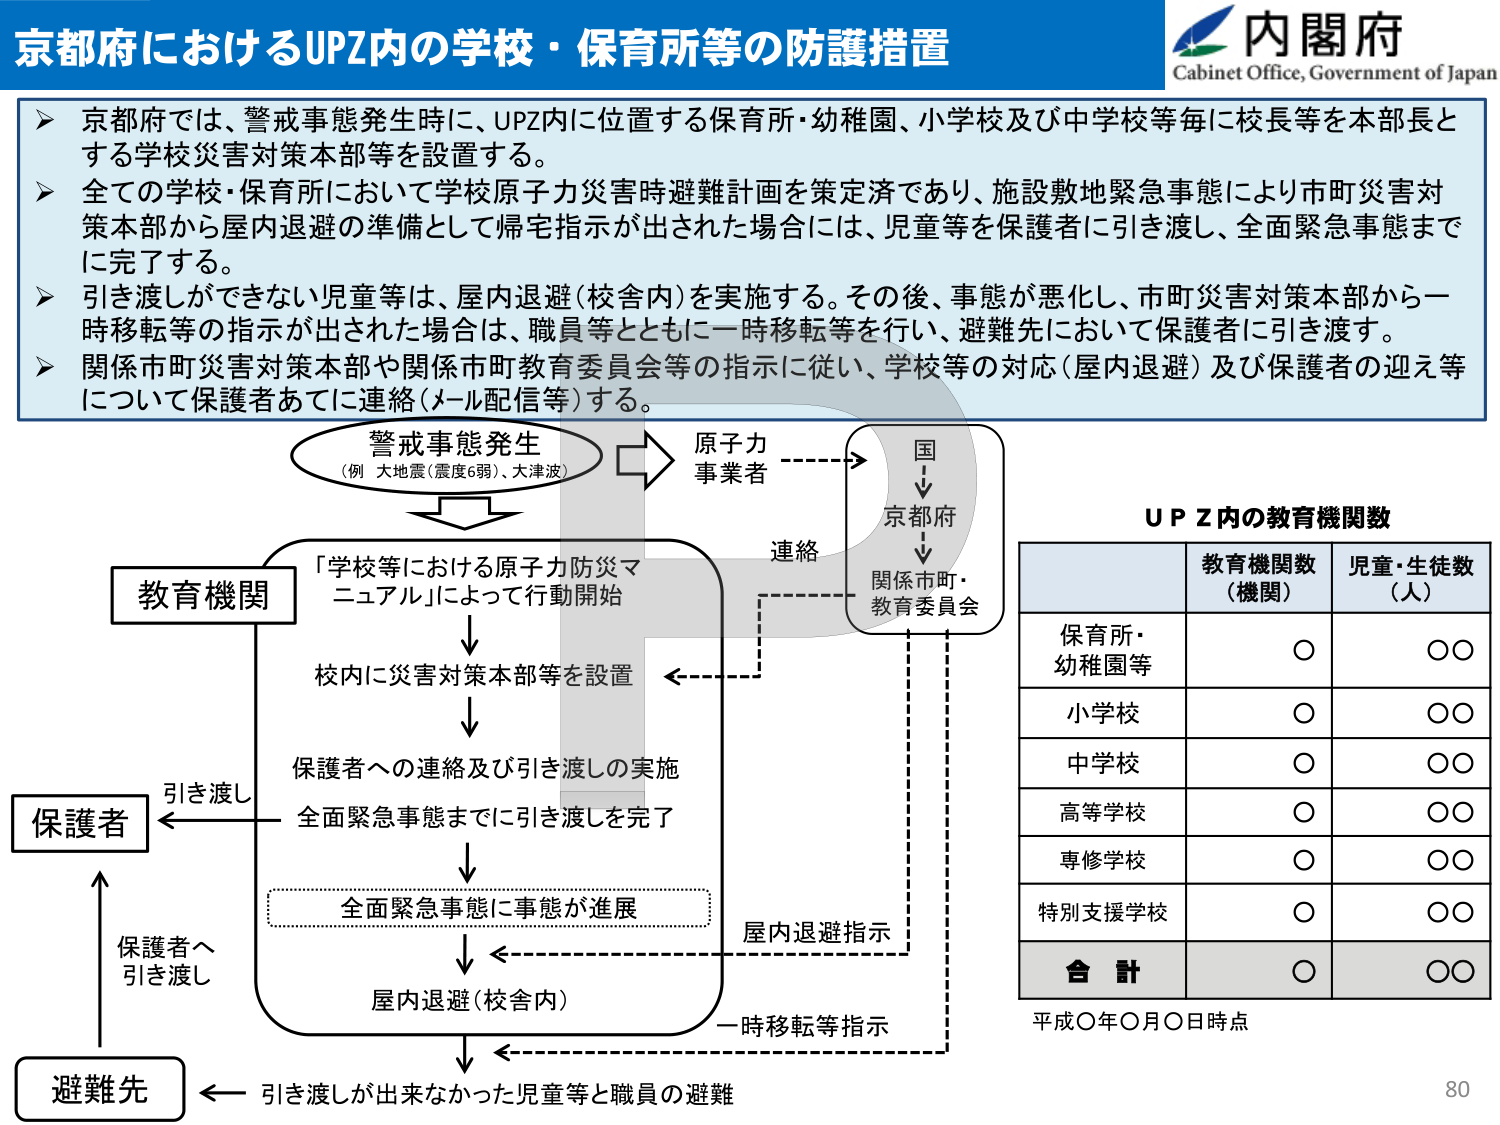
京都府におけるUPZ内の学校・保育所等の防護措置

内閣府
Cabinet Office, Government of Japan

➤ 京都府では、警戒事態発生時に、UPZ内に位置する保育所・幼稚園、小学校及び中学校等毎に校長等を本部長とする学校災害対策本部等を設置する。
➤ 全ての学校・保育所において学校原子力災害時避難計画を策定済であり、施設敷地緊急事態により市町災害対策本部から屋内退避の準備として帰宅指示が出された場合には、児童等を保護者に引き渡し、全面緊急事態までに完了する。
➤ 引き渡しができない児童等は、屋内退避（校舎内）を実施する。その後、事態が悪化し、市町災害対策本部から一時移転等の指示が出された場合は、職員等とともに一時移転等を行い、避難先において保護者に引き渡す。
➤ 関係市町災害対策本部や関係市町教育委員会等の指示に従い、学校等の対応（屋内退避）及び保護者の迎え等について保護者あてに連絡（メール配信等）する。

警戒事態発生
（例 大地震（震度6弱）、大津波）

原子力
事業者

国
↓
京都府
↓
関係市町・
教育委員会

連絡

教育機関
「学校等における原子力防災マニュアル」によって行動開始
↓
校内に災害対策本部等を設置
↓
保護者への連絡及び引き渡しの実施
全面緊急事態までに引き渡しを完了
↓
全面緊急事態に事態が進展
↓
屋内退避（校舎内）
↓
引き渡しが出来なかった児童等と職員の避難

保護者
← 引き渡し
↑
保護者へ
引き渡し

避難先
← 一時移転等指示
← 屋内退避指示

UPZ内の教育機関数

教育機関数
（機関） 児童・生徒数
（人）

保育所・
幼稚園等 ○ ○○
小学校 ○ ○○
中学校 ○ ○○
高等学校 ○ ○○
専修学校 ○ ○○
特別支援学校 ○ ○○
合 計 ○ ○○

平成○年○月○日時点

80